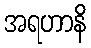
အရဟာနိ